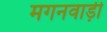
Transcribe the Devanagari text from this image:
मगनवाड़ी